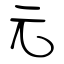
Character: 元